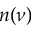
n ( \nu )